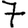
Digit: 7